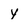
Character: y